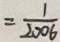
= \frac { 1 } { 2 0 0 6 }